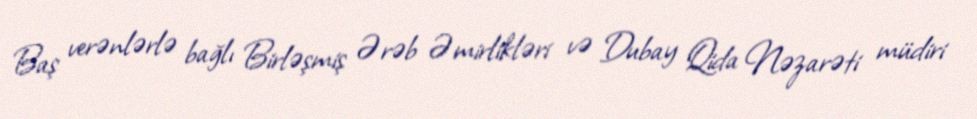
Baş verənlərlə bağlı Birləşmiş Ərəb Əmirlikləri və Dubay Qida Nəzarəti müdiri